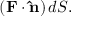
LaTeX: ( \mathbf { F } \cdot \mathbf { \hat { n } } ) \, d S .